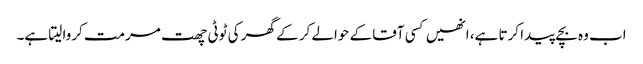
اب وہ بچے پیدا کرتا ہے، انھیں کسی آقا کے حوالے کر کے گھر کی ٹوٹی چھت مرمت کروا لیتا ہے۔